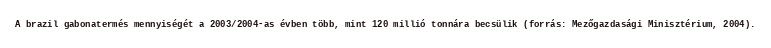
A brazil gabonatermés mennyiségét a 2003/2004-as évben több, mint 120 millió tonnára becsülik (forrás: Mezőgazdasági Minisztérium, 2004).